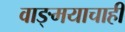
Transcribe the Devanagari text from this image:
वाङ्मयाचाही